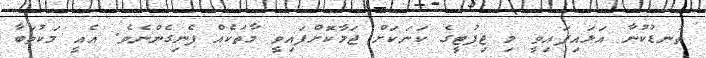
ތުނޑުކުނާ އަޅައިފައިވީ މި ޖިފުޓީގެ ކަނަކަށް ޖަމާކޮށްފައިވީ މާތަކެއް ފެނިގެންނެވެ. އެއީ މަކުތަބާ